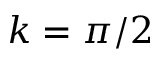
k = \pi / 2